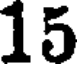
15